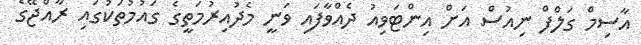
އާސިމް ގަލްފް ނިއުސް އަށް އިންޓަވިއު ދެއްވާފައި ވަނީ މެދުއިރުމަތީގެ ގައުމުތަކުގައި ރާއްޖޭގެ